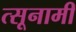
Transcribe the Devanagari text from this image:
त्सूनामी